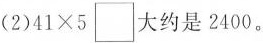
(2)$$41\times 5 \Box$$大约是2400。